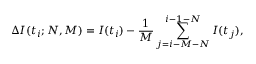
\Delta I ( t _ { i } ; N , M ) = I ( t _ { i } ) - \frac { 1 } { M } \sum _ { j = i - M - N } ^ { i - 1 - N } I ( t _ { j } ) ,